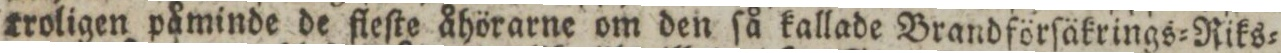
troligen påminde de fleſte åhörarne om den ſå kallade Brandförſäkrings=Riks=